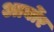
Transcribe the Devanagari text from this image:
आर्बोर